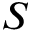
S